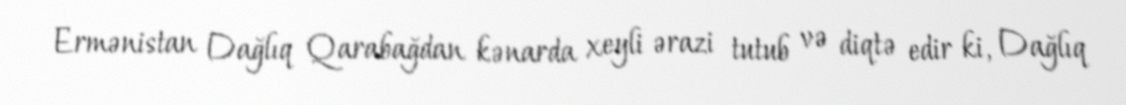
Ermənistan Dağlıq Qarabağdan kənarda xeyli ərazi tutub və diqtə edir ki, Dağlıq